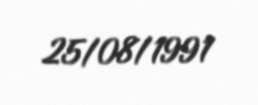
25/08/1991